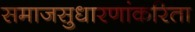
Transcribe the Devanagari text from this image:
समाजसुधारणांकरिता